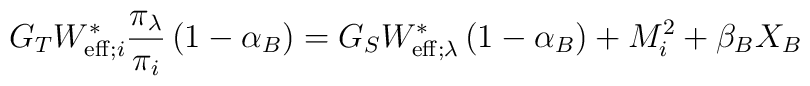
G_TW_{{\rm eff};i}^\ast\frac{\pi_\lambda}{\pi_i} \left( 1-\alpha_B \right)  =  G_SW_{{\rm eff};\lambda}^\ast \left( 1-\alpha_B \right) + M_i^2 +\beta_B X_B